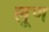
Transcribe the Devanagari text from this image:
लूण